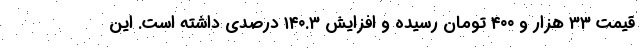
قیمت ۳۳ هزار و ۴۰۰ تومان رسیده و افزایش ۱۴۰.۳ درصدی داشته است. این